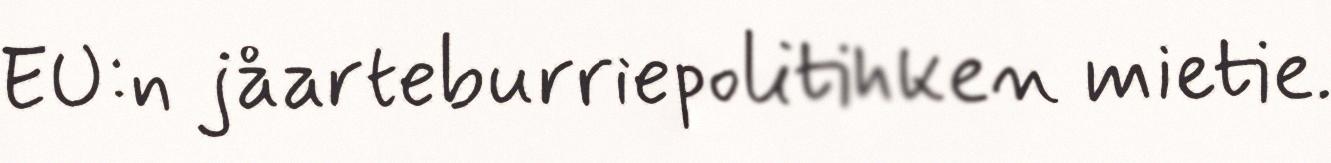
EU:n jåarteburriepolitihken mietie.